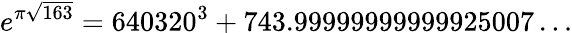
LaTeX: e^{\pi{\sqrt{163}}}=640320^{3}+743.99999999999925007\dots